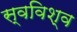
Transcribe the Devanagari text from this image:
स्वविश्व